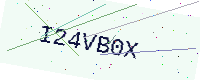
Text: I24VB0X